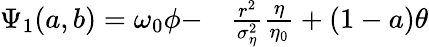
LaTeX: \begin{array}{rl}{\Psi_{1}(a,b)=\omega_{0}\phi-}&{{}\frac{r^{2}}{\sigma_{\eta}^{2}}\frac{\eta}{\eta_{0}}+(1-a)\theta}\end{array}